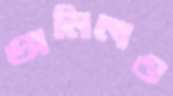
অমিলও